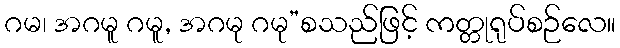
ဂမ၊ အဂမူ ဂမူ, အဂမု ဂမု”စသည်ဖြင့် ကတ္တုရုပ်စဉ်လေ။